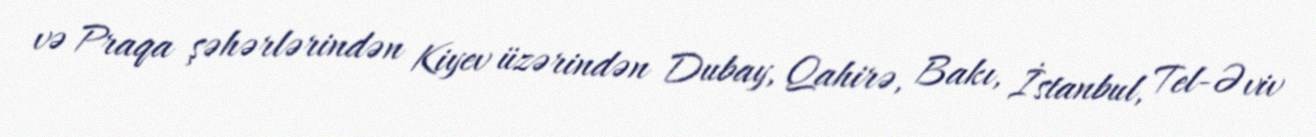
və Praqa şəhərlərindən Kiyev üzərindən Dubay, Qahirə, Bakı, İstanbul, Tel-Əviv